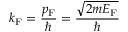
k _ { \mathrm { { F } } } = { \frac { p _ { \mathrm { { F } } } } { \hbar } } = { \frac { \sqrt { 2 m E _ { \mathrm { { F } } } } } { \hbar } }